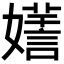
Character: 𡣌